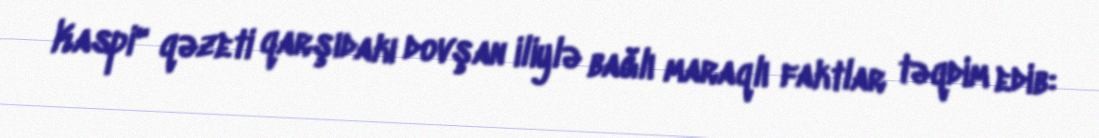
Kaspi" qəzeti qarşıdakı dovşan iliylə bağlı maraqlı faktlar təqdim edib: